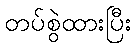
တပ်စွဲထားပြီး